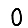
Digit: 0